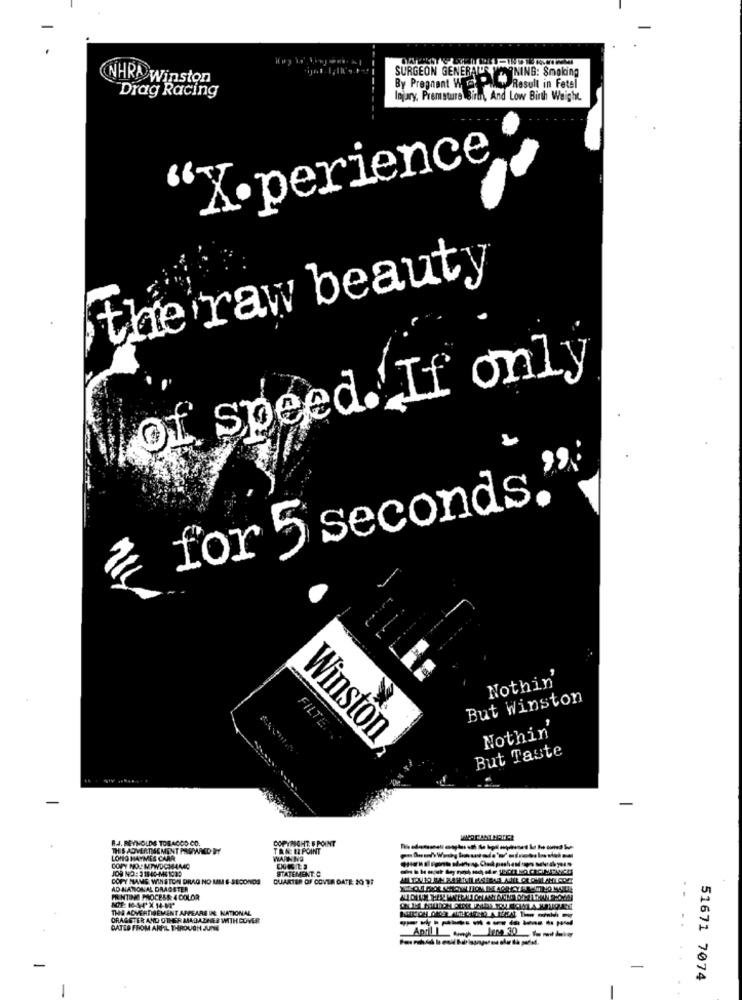
SURGEON GENERALER YA
WONING: Smoking
NHRA Winston
Drag Racing
By Pregnant W DW Result in Fetel
Injury, Premature Birth And Low Birth Weight.
"X perience
the raw beauty
of speed. If only
for 5 seconds,
Nothin'
But Winston
Nothin'
Winston
FILTER.
But Taste
R.J. REYNOLDS TOBACCO CO.
COPYRIGHT. F POINT
THIS ADVERTISEMENT PAWWIED WY
TAN IR POINT
LONO HAYMES CARR
WAAN NO
JOB NO: 3 18-40-ME 102:
COPY NO .: MTWDCMAMAC
STATEMENT.C
COPY NAME. WINSTON DRAG NO MM S-SECONDS
QUARTER OF COVER DATE: 30 77
AD NATIONAL DRAGSTER
PRINTING PROCESS: 4 DOLOR
THE ADVERTISEMENT APPEARS IN NATIONAL
DRAGSTER AND OTHER MADAZHER WITH COVER
DATES FROM ARFIL THROUGH JUNE
-
51671 7074